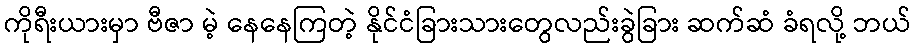
ကိုရီးယားမှာ ဗီဇာ မဲ့ နေနေကြတဲ့ နိုင်ငံခြားသားတွေလည်းခွဲခြား ဆက်ဆံ ခံရလို့ ဘယ်